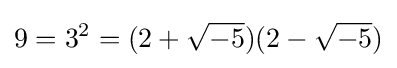
9=3^{2}=(2+{\sqrt {-5}})(2-{\sqrt {-5}})